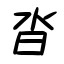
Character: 沓